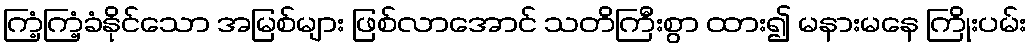
ကြံ့ကြံ့ခံနိုင်သော အမြစ်များ ဖြစ်လာအောင် သတိကြီးစွာ ထား၍ မနားမနေ ကြိုးပမ်း